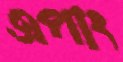
এপাং